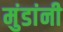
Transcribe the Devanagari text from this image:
मुंडांनी